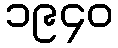
၁၉၄၀